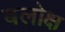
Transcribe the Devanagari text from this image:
बलोक्ष